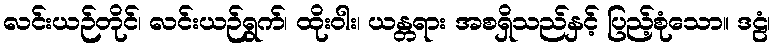
လင်းယဉ်တိုင်၊ လင်းယဉ်ရွက်၊ ထိုးဝါး၊ ယန္တရား အစရှိသည်နှင့် ပြည့်စုံသော။ ဒဠံ၊